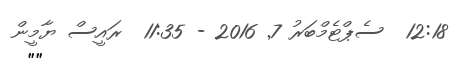
12:18  ސެޕްޓެމްބަރު 7